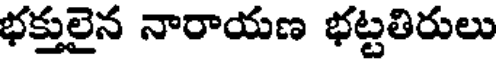
భక్తులైన నారాయణ భట్టతిరులు